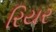
રિયર